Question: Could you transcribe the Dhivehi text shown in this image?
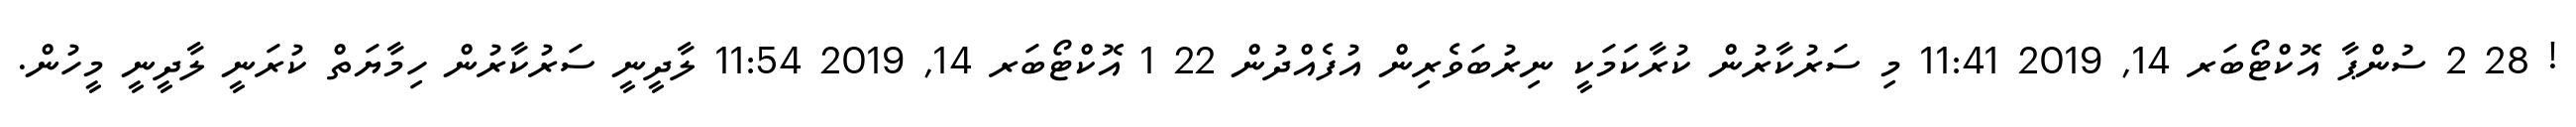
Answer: ! 28 2 ސުންޕާ އޮކްޓޯބަރ 14, 2019 11:41 މި ސަރުކާރުން ކުރާކަމަކީ ނިރުބަވެރިން އުފެއްދުން 22 1 އޮކްޓޯބަރ 14, 2019 11:54 ލާދީނީ ސަރުކާރުން ހިމާޔަތް ކުރަނީ ލާދީނީ މީހުން.